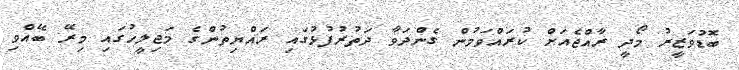
ބޮޑުވަޒީރު މޯދީ ރާއްޖެއަށް ކުރައްވަމުން ގެންދަވާ ދަތުރުފުޅުގައި ރައްޔިތުންގެ މަޖިލީހުގައި މިރޭ ބޭއްވި